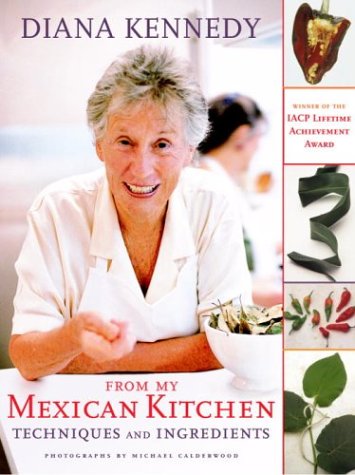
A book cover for From My Mexican Kitchen: Techniques and Ingredients; Diana Kennedy; Cookbooks, Food & Wine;